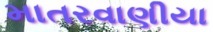
માતરવાણીયા